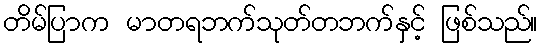
တိမ်ပြာက မာတရဘက်သုတ်တဘက်နှင့် ဖြစ်သည်။